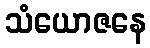
သံယောဇနေ